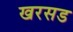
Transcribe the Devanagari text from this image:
खरसड